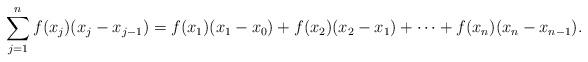
LaTeX: \begin{align*}\sum_{j=1}^n f(x_j)(x_j-x_{j-1}) = f(x_1)(x_1-x_0) + f(x_2)(x_2-x_1) + \cdots +f(x_n)(x_n-x_{n-1}).\end{align*}